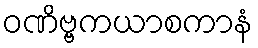
ဝဏိဗ္ဗကယာစကာနံ